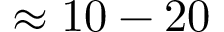
\approx 1 0 - 2 0 ~ \